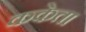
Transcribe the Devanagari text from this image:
ककेता